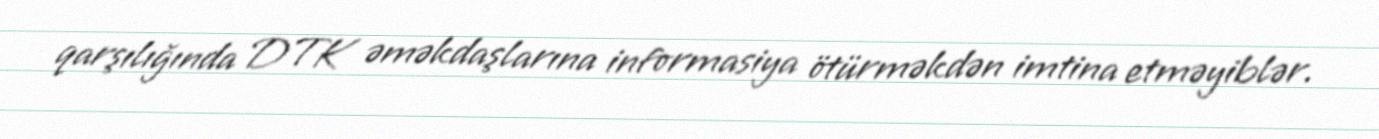
qarşılığında DTK əməkdaşlarına informasiya ötürməkdən imtina etməyiblər.